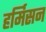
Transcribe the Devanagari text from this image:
हर्मिसन